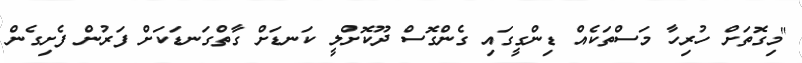
"މިގޮތަށް ހުރިހާ މަސްތަކެއް ޑިންގީގައި ގެންގޮސް ދޫކޮށްލީ ކަނޑަށް ގާތްގަނޑަކަށް ފަރުން ފެށިގެން